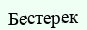
Бестерек